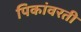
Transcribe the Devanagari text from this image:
पिकांवरती